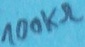
Text: 100KΩ